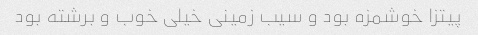
پیتزا خوشمزه بود و سیب زمینی خیلی خوب و برشته بود